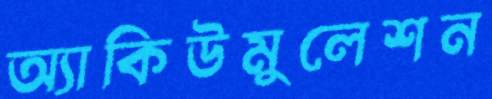
অ্যাকিউমুলেশন